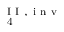
_ { \mathrm { ~ 4 ~ } } ^ { \mathrm { ~ I ~ I ~ , ~ i ~ n ~ v ~ } }